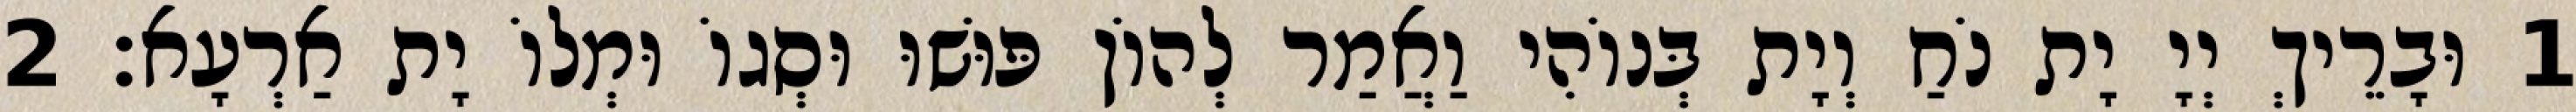
1 וּבָרֵיךְ יְיָ יָת נֹחַ וְיָת בְּנוֹהִי וַאֲמַר לְהוֹן פּוּשׁוּ וּסְגוֹ וּמְלוֹ יָת אַרְעָא׃ 2